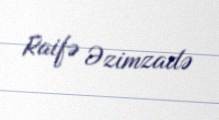
Raifə Əzimzadə